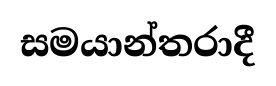
සමයාන්තරාදී